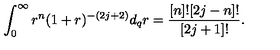
\int _ { 0 } ^ { \infty } r ^ { n } ( 1 + r ) ^ { - ( 2 j + 2 ) } d _ { q } r = \frac { [ n ] ! [ 2 j - n ] ! } { [ 2 j + 1 ] ! } .